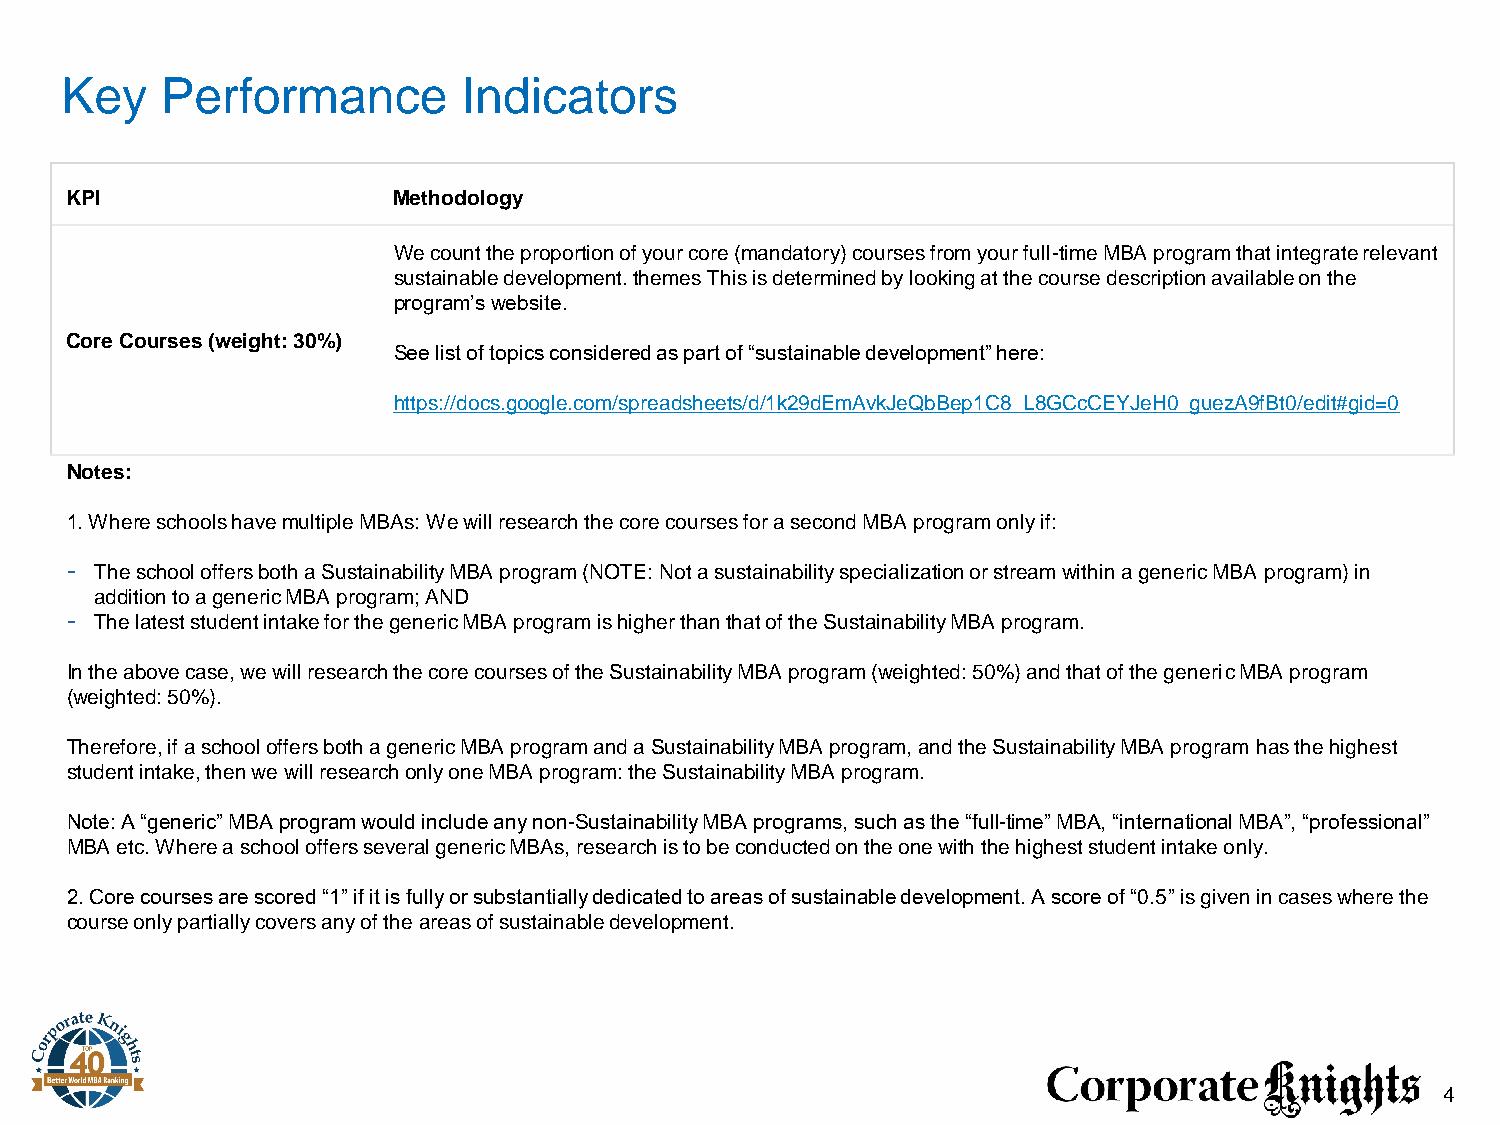
Key    Performance         Indicators
 KPI                   Methodology
 We count the proportion of your core (mandatory) courses from your full-time MBA program that integrate relevant
 sustainable development. themes This is determined by looking at the course description available on the
 program’s website.
 Core Courses (weight: 30%)
 See list of topics considered as part of “sustainable development” here:
 https://docs.google.com/spreadsheets/d/1k29dEmAvkJeQbBep1C8_L8GCcCEYJeH0_guezA9fBt0/edit#gid=0
 Notes:
 1. Where schools have multiple MBAs: We will research the core courses for a second MBA program only if:
 - The school offers both a Sustainability MBA program (NOTE: Not a sustainability specialization or stream within a generic MBA program) in
 addition to a generic MBA program; AND
 - The latest student intake for the generic MBA program is higher than that of the Sustainability MBA program.
 In the above case, we will research the core courses of the Sustainability MBA program (weighted: 50%) and that of the generic MBA program
 (weighted: 50%).
 Therefore, if a school offers both a generic MBA program and a Sustainability MBA program, and the Sustainability MBA program has the highest
 student intake, then we will research only one MBA program: the Sustainability MBA program.
 Note: A “generic” MBA program would include any non-Sustainability MBA programs, such as the “full-time” MBA, “international MBA”, “professional”
 MBA etc. Where a school offers several generic MBAs, research is to be conducted on the one with the highest student intake only.
 2. Core courses are scored “1” if it is fully or substantially dedicated to areas of sustainable development. A score of “0.5” is given in cases where the
 course only partially covers any of the areas of sustainable development.
 4